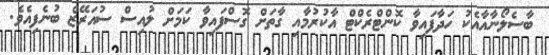
ބާސެލޯނާއާއެކު ހަދާފައިވާ ކޮންޓްރެކްޓް އާކުރުމާއި ގާތަށް ގޮސްފައިވާ ކަމަށް ލުއިސް ސުއަރޭޒް ބުނެފިއެވެ.